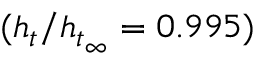
( h _ { t } / h _ { t _ { \infty } } = 0 . 9 9 5 )